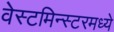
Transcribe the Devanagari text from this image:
वेस्टमिन्स्टरमध्ये